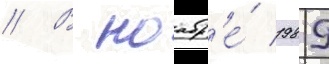
// В ноабр'е́ 1989